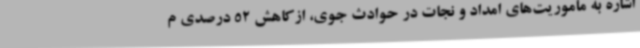
اشاره به مأموریت‌های امداد و نجات در حوادث جوی، ازکاهش 52 درصدی م